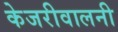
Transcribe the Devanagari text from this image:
केजरीवालनी